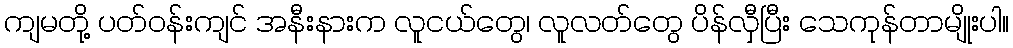
ကျမတို့ ပတ်ဝန်းကျင် အနီးနားက လူငယ်တွေ၊ လူလတ်တွေ ပိန်လှီပြီး သေကုန်တာမျိုးပါ။